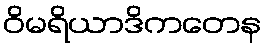
ဝိမရိယာဒိကတေန